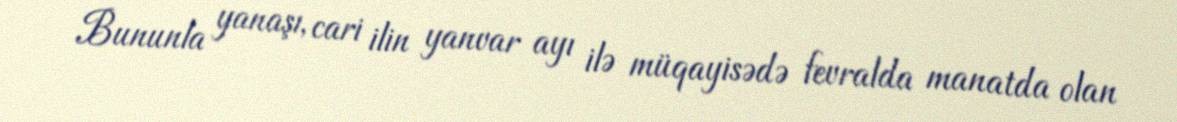
Bununla yanaşı, cari ilin yanvar ayı ilə müqayisədə fevralda manatda olan